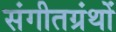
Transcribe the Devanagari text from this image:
संगीतग्रंथों